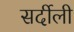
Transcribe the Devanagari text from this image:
सर्दीली